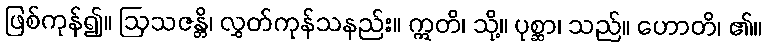
ဖြစ်ကုန်၍။ ဩသဇန္တိ၊ လွှတ်ကုန်သနည်း။ ဣတိ၊ သို့။ ပုစ္ဆာ၊ သည်။ ဟောတိ၊ ၏။